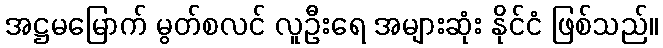
အဋ္ဌမမြောက် မွတ်စလင် လူဦးရေ အများဆုံး နိုင်ငံ ဖြစ်သည်။